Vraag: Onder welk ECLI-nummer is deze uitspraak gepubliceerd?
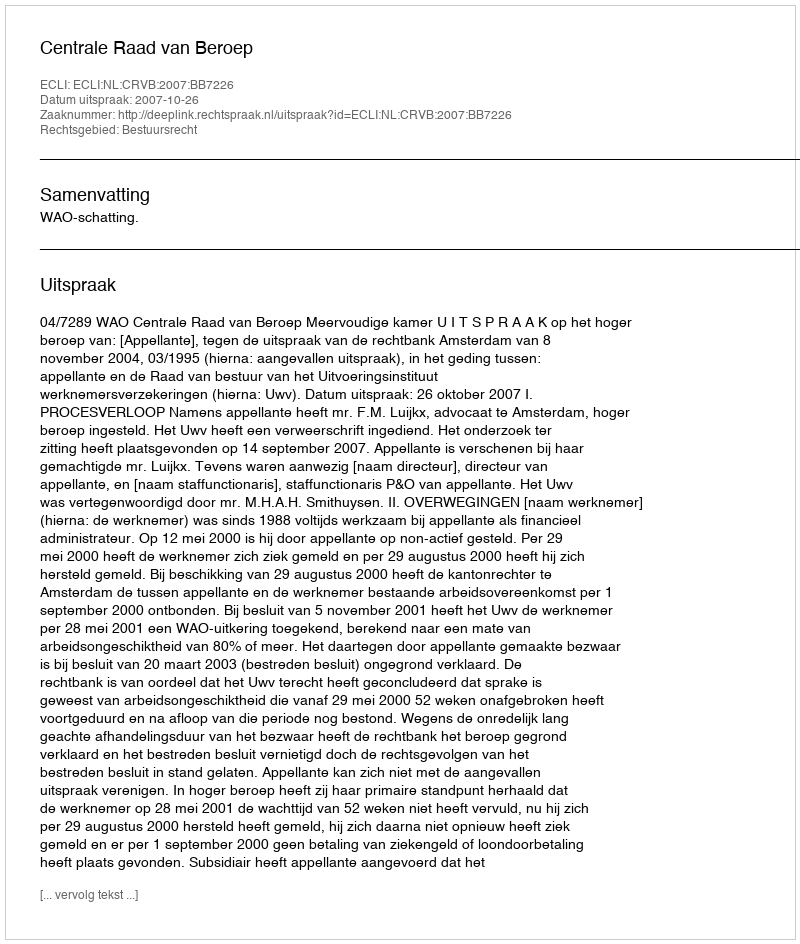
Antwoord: ECLI:NL:CRVB:2007:BB7226